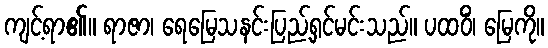
ကျင့်ရာ၏။ ရာဇာ၊ ရေမြေသနင်းပြည့်ရှင်မင်းသည်။ ပထဝိံ၊ မြေကို။